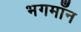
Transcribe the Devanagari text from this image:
भगमाँन